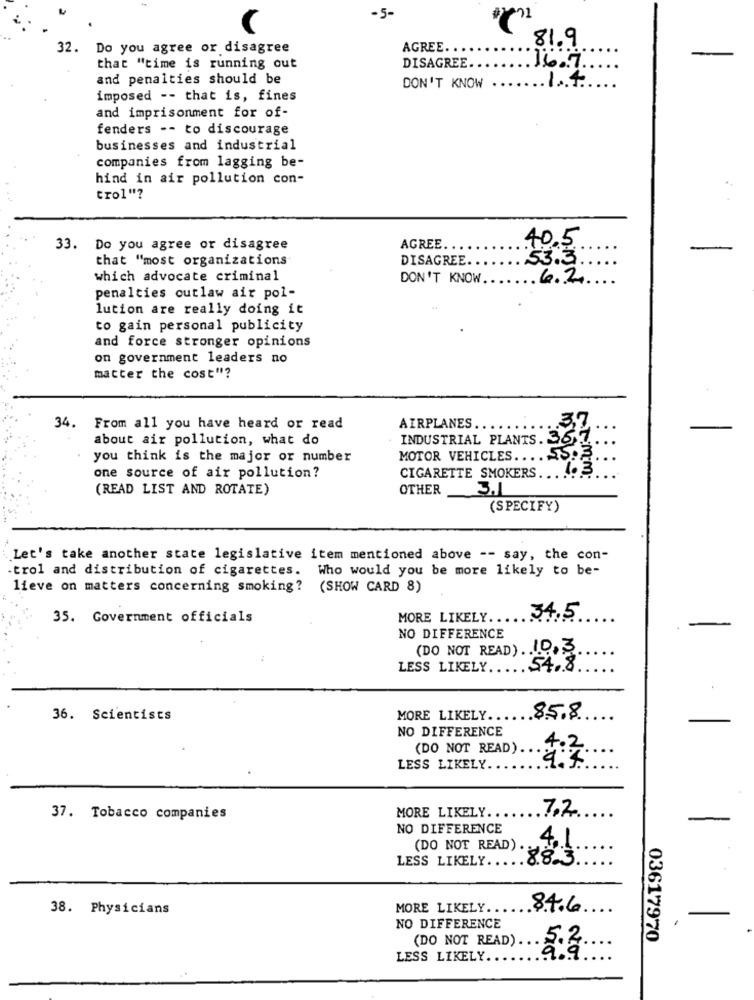
-5-
32. Do you agree or disagree
AGREE. .
81.9
that "time is running out
DISAGREE ..
16.7.
and penalties should be
1.4
DON'T KNOW
imposed -- that is, fines
and imprisonment for of-
fenders -- to discourage
businesses and industrial
companies from lagging be-
hind in air pollution con-
trol"?
40.5
33. Do you agree or disagree
AGREE
that "most organizations
DISAGREE.
53.3.
which advocate criminal
DON'T KNOW.6.2
penalties outlaw air pol-
lution are really doing it
to gain personal publicity
and force stronger opinions
on government leaders no
matter the cost"?
3.7.
34. From all you have heard or read
AIRPLANES.
about air pollution, what do
INDUSTRIAL PLANTS . 367
you think is the major or number
MOTOR VEHICLES .... SS.3
CIGARETTE SMOKERS
1.3
one source of air pollution?
(READ LIST AND ROTATE)
OTHER
3.1
(SPECIFY)
Let's take another state legislative item mentioned above -- say, the con-
-trol and distribution of cigarettes. Who would you be more likely to be-
lieve on matters concerning smoking? (SHOW CARD 8)
35. Government officials
MORE LIKELY.
34.5
NO DIFFERENCE
(DO NOT READ) . . I.D.3
LESS LIKELY
54.8
36. Scientists
MORE LIKELY ....
.85.8
NO DIFFERENCE
(DO NOT READ) ..
4.2
LESS LIKELY.
7.2
37. Tobacco companies
MORE LIKELY.
NO DIFFERENCE
4.1
(DO NOT READ)
LESS LIKELY ..... 8.8.3
38. Physicians
MORE LIKELY ...
84.6
NO DIFFERENCE
(DO NOT READ).
03617970
LESS LIKELY.
NO.